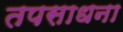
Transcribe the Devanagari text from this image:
तपसाधना